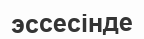
эссесінде